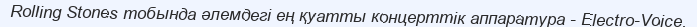
Rolling Stones тобында әлемдегі ең қуатты концерттік аппаратура - Electro-Voice.